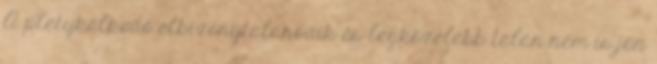
A pletykálkodó elbizonytalanodik és legközelebb talán nem is jön